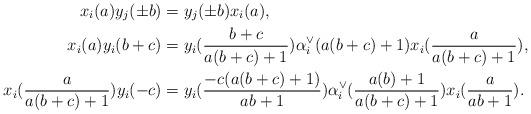
LaTeX: \begin{align*} x_i(a) y_j(\pm b) &= y_j(\pm b) x_i(a),\\x_i(a) y_i(b+c) &= y_i(\frac{b+c}{a(b+c)+1}) \alpha_i^\vee (a(b+c)+1) x_i(\frac{a}{a(b+c)+1}), \\ x_i(\frac{a}{a(b+c)+1}) y_i(-c) &= y_i(\frac{-c(a(b+c)+1)}{ab+1}) \alpha_i^\vee (\frac{a(b)+1}{a(b+c)+1}) x_i(\frac{a}{ab+1}). \end{align*}